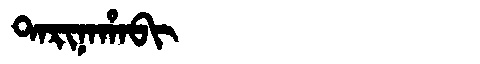
Manchu: ᡨᠠᡵᡳᠨᠠᡥᠠᠪᡳ
Romanization: TARINAHABI